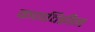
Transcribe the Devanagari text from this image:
कणविहीन